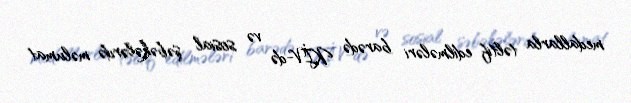
medallarla təltif edilmələri barədə KİV-də və sosial şəbəkələrdə məlumat